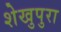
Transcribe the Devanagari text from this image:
शेखुपुरा